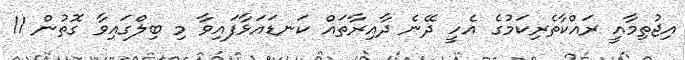
އިޖުތިމާއީ ރައްކާތެރިކަމުގެ އެހީ ދޭނެ ދާއިރާތައް ކަނޑައަޅާފައިވާ މި ބިލްގައިވާ ގޮތުން 11